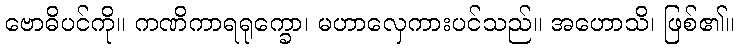
ဗောဓိပင်ကို။ ကဏိကာရရုက္ခော၊ မဟာလှေကားပင်သည်။ အဟောသိ၊ ဖြစ်၏။